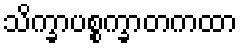
သိက္ခာပစ္စက္ခာတကထာ